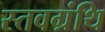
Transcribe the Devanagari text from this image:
स्तवग्रंथि